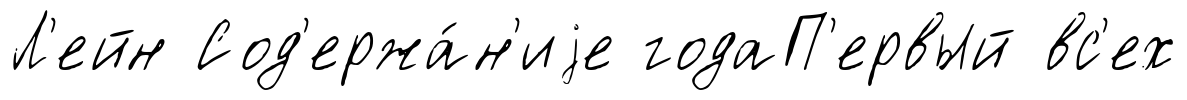
Л'ейн Сод'ержа́н'иjе годаП'ервый вс'ех